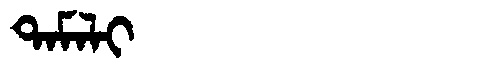
Manchu: ᡨᠠᠮᠠᠯᡳ
Romanization: TAMALI